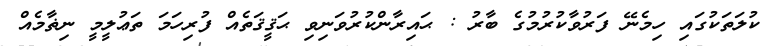
ކުލަތަކުގައި ހިމެނޭ ފަރުވާކުރުމުގެ ބާރު : ޙައިރާންކުރުވަނިވި ޙަޤީޤަތެއް ފުރިހަމަ ތަޢުލީމީ ނިޡާމެއް